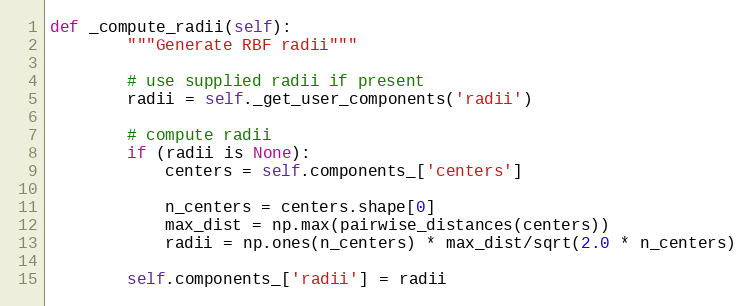
Language: Python
def _compute_radii(self):
        """Generate RBF radii"""

        # use supplied radii if present
        radii = self._get_user_components('radii')

        # compute radii
        if (radii is None):
            centers = self.components_['centers']

            n_centers = centers.shape[0]
            max_dist = np.max(pairwise_distances(centers))
            radii = np.ones(n_centers) * max_dist/sqrt(2.0 * n_centers)

        self.components_['radii'] = radii